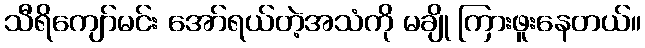
သီရိကျော်မင်း အော်ရယ်တဲ့အသံကို မချို ကြားဖူးနေတယ်။